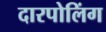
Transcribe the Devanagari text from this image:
दारपोलिंग